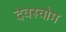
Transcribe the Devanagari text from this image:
देवस्‍वोम